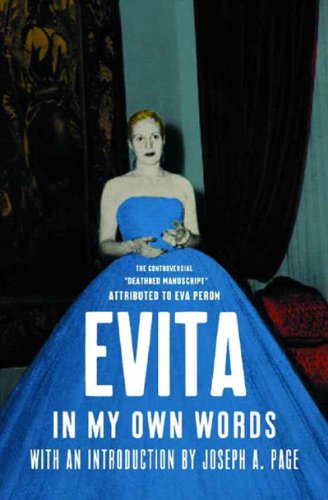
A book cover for Evita: In My Own Words; Eva Peron; Biographies & Memoirs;